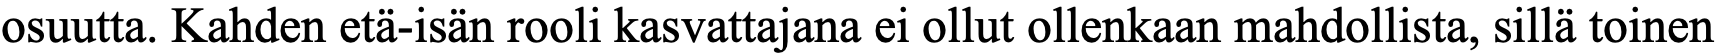
osuutta. Kahden etä-isän rooli kasvattajana ei ollut ollenkaan mahdollista, sillä toinen